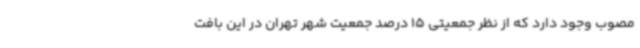
مصوب وجود دارد که از نظر جمعیتی 15 درصد جمعیت شهر تهران در این بافت